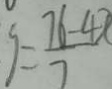
y = \frac { 7 6 - 4 x } { 7 }